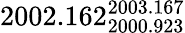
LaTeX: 2002.162_{2000.923}^{2003.167}